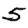
Digit: 5